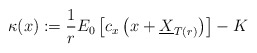
\begin{align*}\kappa(x):=\frac{1}{r}E_0\left[ c_x\left( x+\underline{X}_{T(r)}\right) \right]-K \end{align*}